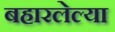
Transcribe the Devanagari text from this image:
बहारलेल्या